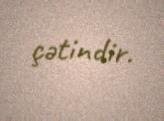
çətindir.